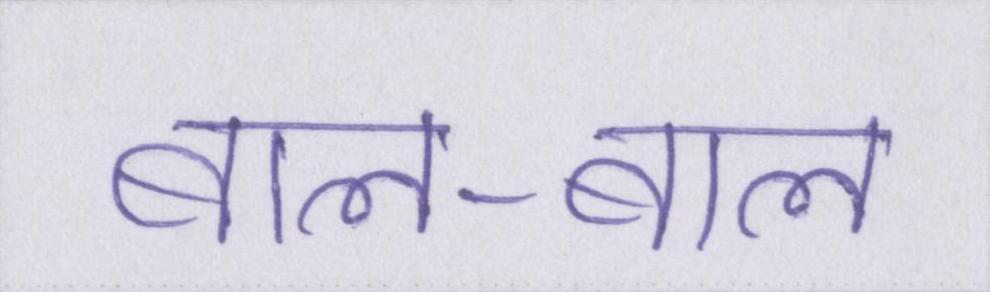
बाल-बाल